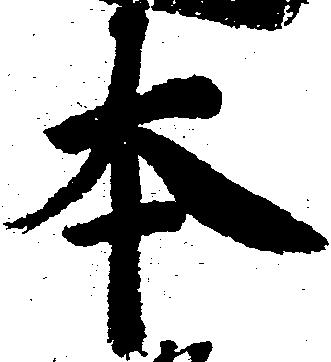
本